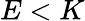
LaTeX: E<K